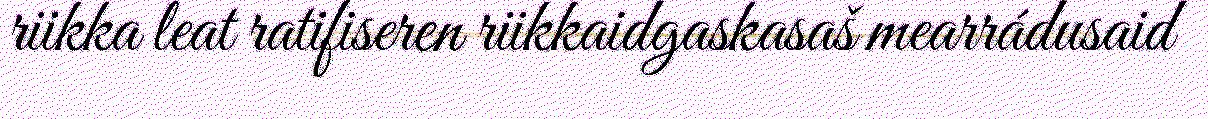
riikka leat ratifiseren riikkaidgaskasaš mearrádusaid